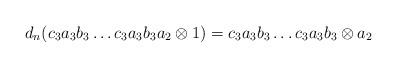
\begin{align*}d_n(c_3a_3b_3 \dots c_3a_3b_3a_2 \otimes 1) = c_3a_3b_3 \dots c_3a_3b_3 \otimes a_2\end{align*}